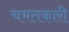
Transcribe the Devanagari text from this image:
चमतकारी